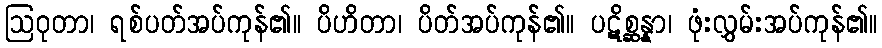
ဩဝုတာ၊ ရစ်ပတ်အပ်ကုန်၏။ ပိဟိတာ၊ ပိတ်အပ်ကုန်၏။ ပဋိစ္ဆန္နာ၊ ဖုံးလွှမ်းအပ်ကုန်၏။